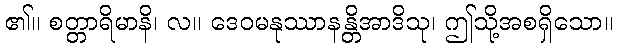
၏။ စတ္တာရိမာနိ၊ လ။ ဒေဝမနုဿာနန္တိအာဒိသု၊ ဤသို့အစရှိသော။